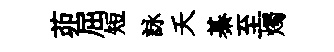
茆屈短詠夭綦至燭